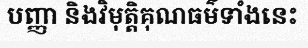
បញ្ញា និងវិមុត្តិគុណធម៌ទាំងនេះ